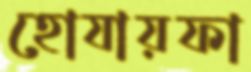
হোযায়ফা